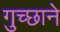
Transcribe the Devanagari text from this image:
गुच्छाने